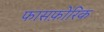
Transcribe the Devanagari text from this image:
फासफ़ोरिक